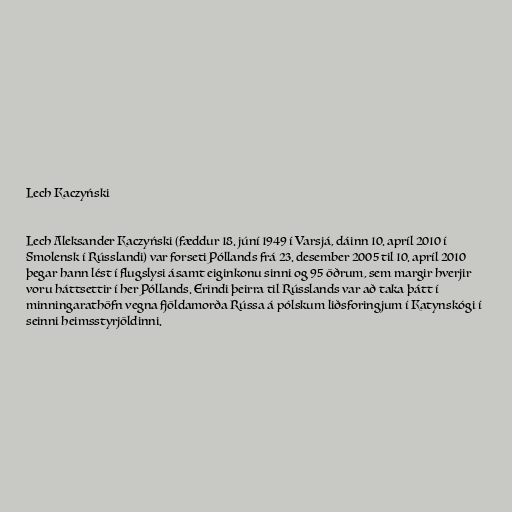
Lech Kaczyński

Lech Aleksander Kaczyński (fæddur 18. júní 1949 í Varsjá, dáinn 10. apríl 2010 í
Smolensk í Rússlandi) var forseti Póllands frá 23. desember 2005 til 10. apríl 2010
þegar hann lést í flugslysi ásamt eiginkonu sinni og 95 öðrum, sem margir hverjir
voru háttsettir í her Póllands. Erindi þeirra til Rússlands var að taka þátt í
minningarathöfn vegna fjöldamorða Rússa á pólskum liðsforingjum í Katynskógi í
seinni heimsstyrjöldinni.